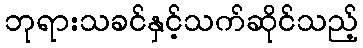
ဘုရားသခင်နှင့်သက်ဆိုင်သည့်